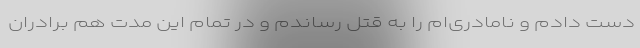
دست دادم و نامادری‌ام را به قتل رساندم و در تمام این مدت هم برادران